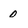
Character: 0